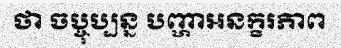
ថា ចប្ចុប្បន្ន បញ្ហាអនក្ខរភាព